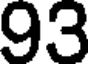
93